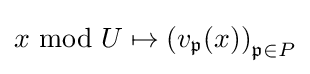
x\ {\rm {mod}}\ U\mapsto \left(v_{\mathfrak {p}}(x)\right)_{{\mathfrak {p}}\in P}